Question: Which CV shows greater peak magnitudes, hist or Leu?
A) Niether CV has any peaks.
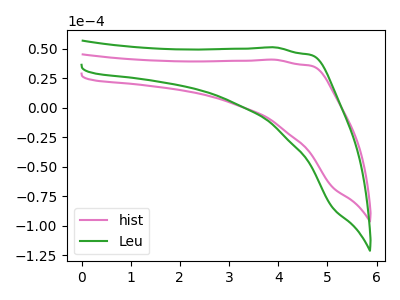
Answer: <think>The pink curve "hist" has no peaks. The green curve "Leu" has no peaks.</think>
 <answer>A) Niether CV has any peaks.</answer>
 <eval>A</eval>